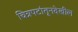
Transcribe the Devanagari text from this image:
चित्रपटांतूनदेखील